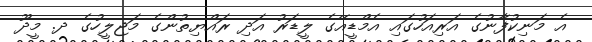
އެ މަނިކުފާނުގެ އަރިއަހުގައި އެމްޑީއޭގެ ލީޑަރު އަދި ރައްޔިތުންގެ މަޖިލީހުގެ ދ. މީދޫ